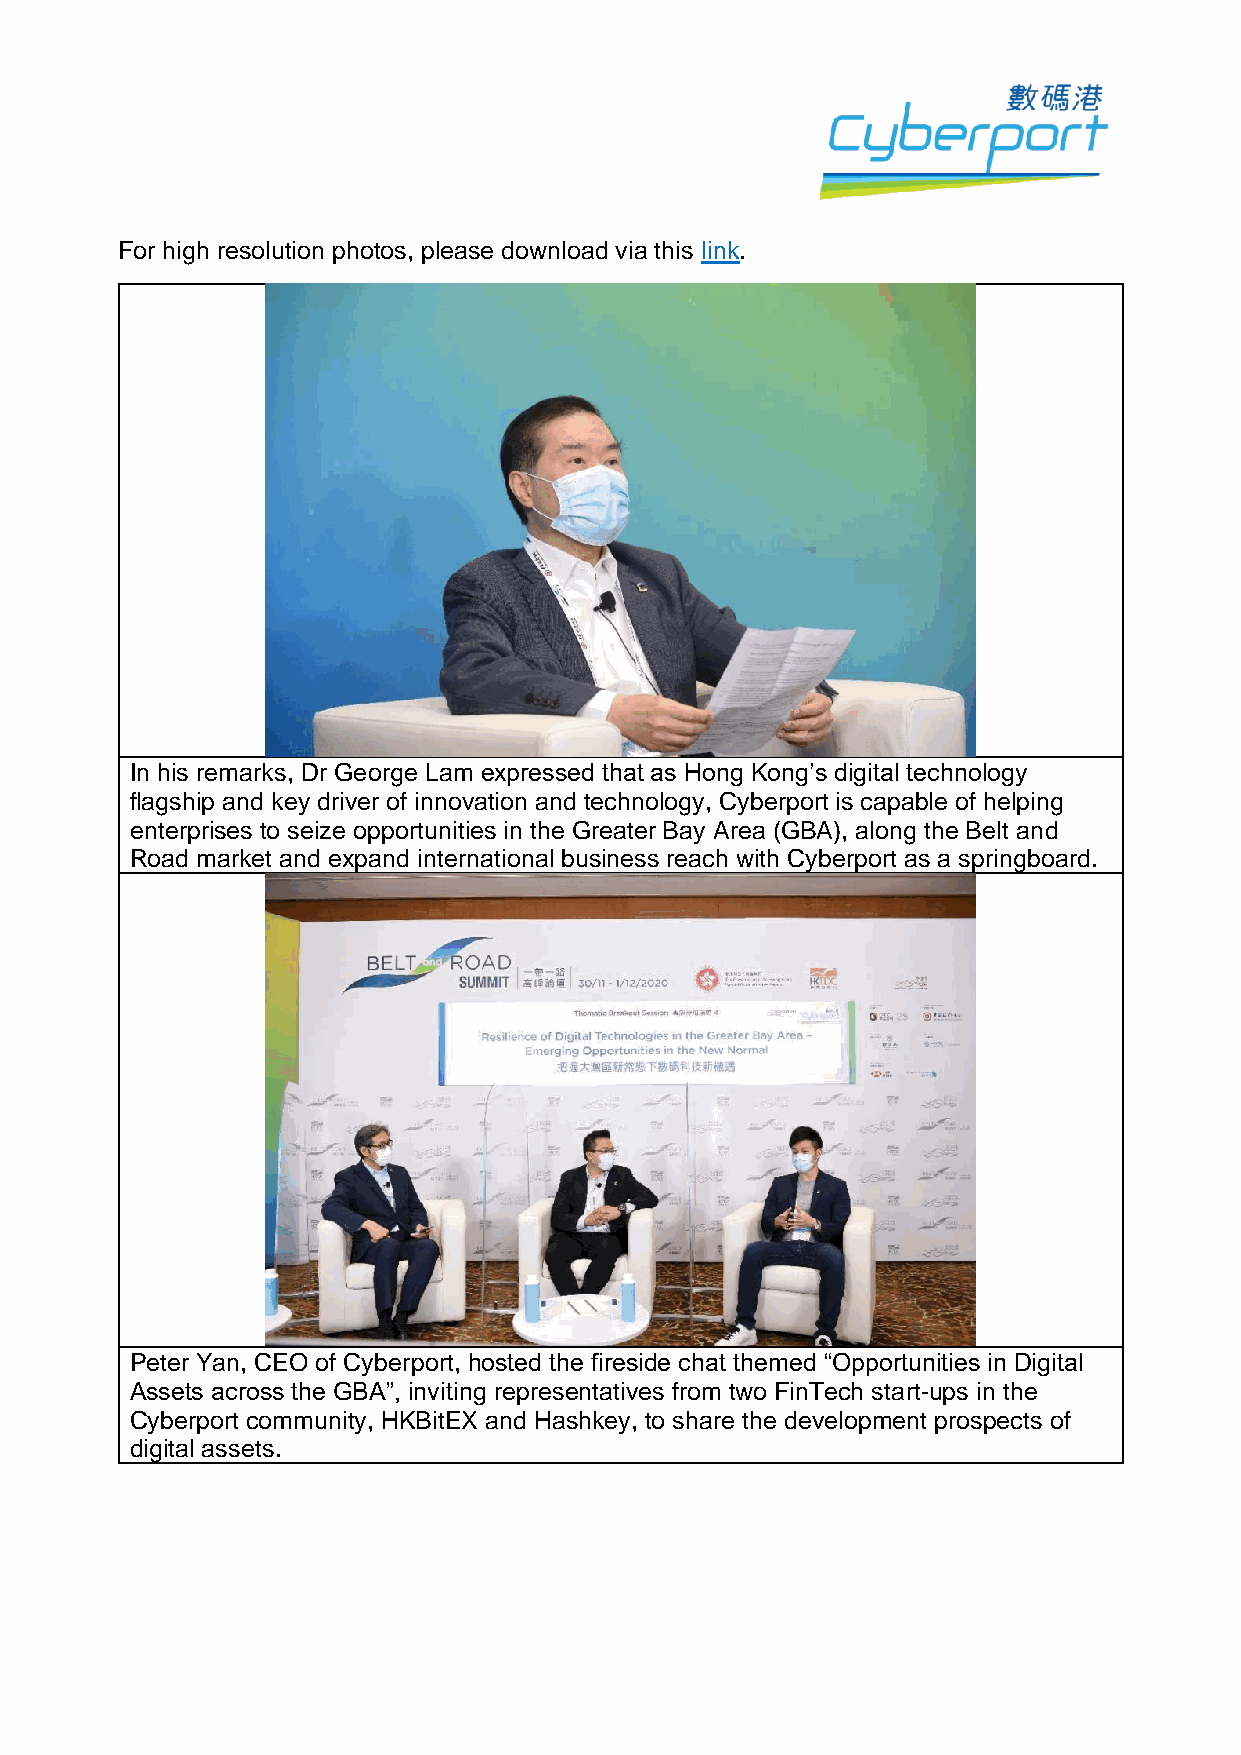
For high resolution photos, please download via this link.
 In his remarks, Dr George Lam expressed that as Hong Kong’s digital technology
 flagship and key driver of innovation and technology, Cyberport is capable of helping
 enterprises to seize opportunities in the Greater Bay Area (GBA), along the Belt and
 Road market and expand international business reach with Cyberport as a springboard.
 Peter Yan, CEO of Cyberport, hosted the fireside chat themed “Opportunities in Digital
 Assets across the GBA”, inviting representatives from two FinTech start-ups in the
 Cyberport community, HKBitEX and Hashkey, to share the development prospects of
 digital assets.